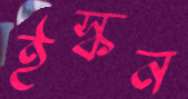
ইস্কন